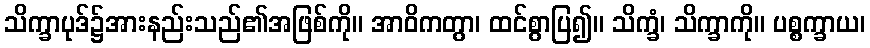
သိက္ခာပုဒ်၌အားနည်းသည်၏အဖြစ်ကို။ အာဝိကတွာ၊ ထင်စွာပြ၍။ သိက္ခံ၊ သိက္ခာကို။ ပစ္စက္ခာယ၊